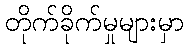
တိုက်ခိုက်မှုများမှာ